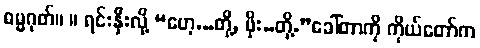
ဓမ္မဂုတ်။ ။ ရင်းနှီးလို့ “ဟေ့...တို့, ဖိုး..တို့.”ခေါ်တာကို ကိုယ်တော်က